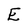
Character: E